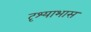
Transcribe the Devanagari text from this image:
दृश्याभास